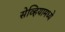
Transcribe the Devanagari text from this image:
सेव्हियामध्ये